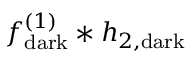
f _ { \mathrm { d a r k } } ^ { ( 1 ) } * h _ { 2 , \mathrm { d a r k } }